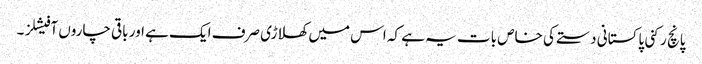
پانچ رکنی پاکستانی دستے کی خاص بات یہ ہے کہ اس میں کھلاڑی صرف ایک ہے اور باقی چاروں آفیشلز ۔